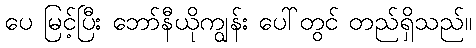
ပေ မြင့်ပြီး ဘော်နီယိုကျွန်း ပေါ်တွင် တည်ရှိသည်။